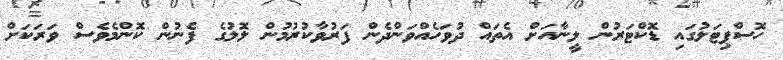
ހޮސްޕިޓަލުގައި ޑޮކްޓަރުން ލީނާއަށް އެތައް ދުވަހެއްވަންދެން ފަރުވާކުރުމުން ލޮލުގެ ފެނުން ކޮންމެވެސް ވަރަކަށް